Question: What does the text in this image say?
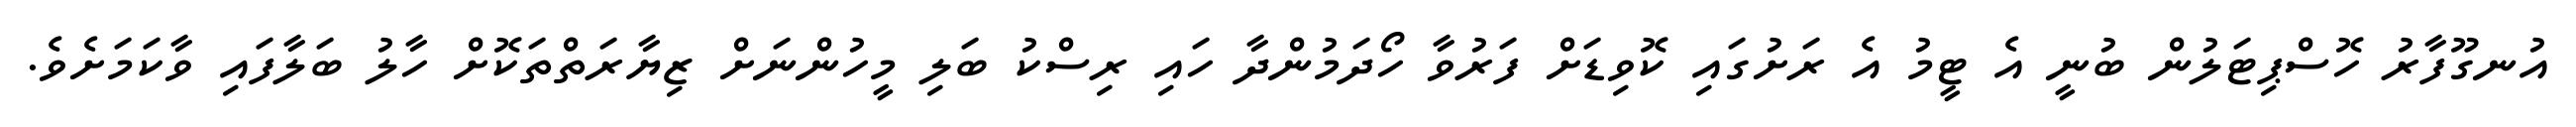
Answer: އުނގޫފާރު ހޮސްޕިޓަލުން ބުނީ އެ ޓީމު އެ ރަށުގައި ކޮވިޑަށް ފަރުވާ ހޯދަމުންދާ ހައި ރިސްކު ބަލި މީހުންނަށް ޒިޔާރަތްތަކޮށް ހާލު ބަލާފައި ވާކަމަށެވެ.